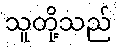
သူတို့သည်